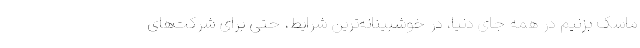
ماسک بزنیم در همه جای دنیا، در خوشبینانه‌ترین شرایط، حتی برای شرکت‌های